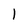
Character: l